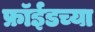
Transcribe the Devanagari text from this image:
फ्रॉईडच्या